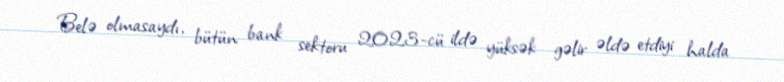
Belə olmasaydı, bütün bank sektoru 2023-cü ildə yüksək gəlir əldə etdiyi halda